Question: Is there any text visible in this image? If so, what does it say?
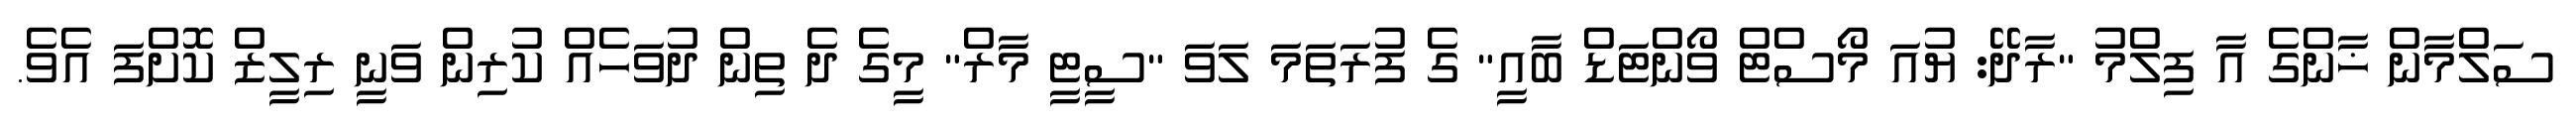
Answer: ސަލްމާން ޚާންގެ އާ ފިލްމު "ރާދޭ: ޔުއަ މޯސްޓް ވޯންޓަޑް ބާއީ" ގެ ފުރަތަމަ ލަވަ "ސީޓީ މާރް" މީގެ ދެ ތިން ދުވަހެއް ކުރިން ވަނީ ރިލީޒް ކޮށްފަ އެވެ.